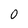
Character: O